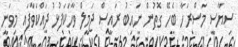
ސިޔާސީ މަސްރަހާ ބެހޭ ގޮތުން ނައިބު ރައީސް ޖަމީލް ވާހަކަފުޅު ދައްކަވާފައި މިވަނީ